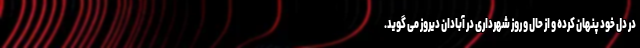
در دل خود پنهان کرده و از حال و روز شهرداری در آبادان دیروز می گوید.